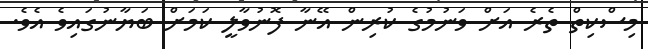
މިސްކިތް ތެރެ އަށް ވަނުމުގެ ކުރިން އޭނާ ފޮނުވާލީ ކަމަށް ބަޔާނުގައިވެ އެވެ.